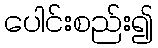
ပေါင်းစည်း၍